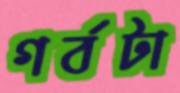
গর্বটা